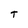
Character: T